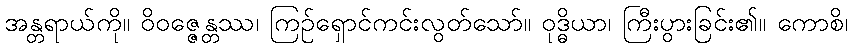
အန္တရာယ်ကို။ ဝိဝဇ္ဇေန္တဿ၊ ကြဉ်ရှောင်ကင်းလွတ်သော်။ ဝုဒ္ဓိယာ၊ ကြီးပွားခြင်း၏။ ကောစိ၊